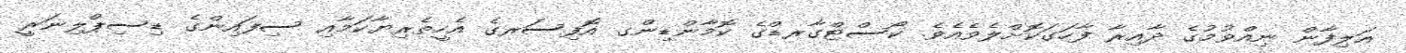
އަލިފާން ނިއްވުމުގެ ދާއިރާ ފާހަގަކޮށްލެވެއެވެ. ކޯސްޓްގާރޑްގެ ކޮމާންޑިންގ އޮފިސަރގެ އެހީތެރިޔާކަމާއި ސިފައިންގެ ޑިސިޕްލިނަރީ